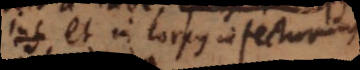
et in corpus infecturum